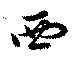
西